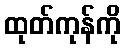
ထုတ်ကုန်ကို